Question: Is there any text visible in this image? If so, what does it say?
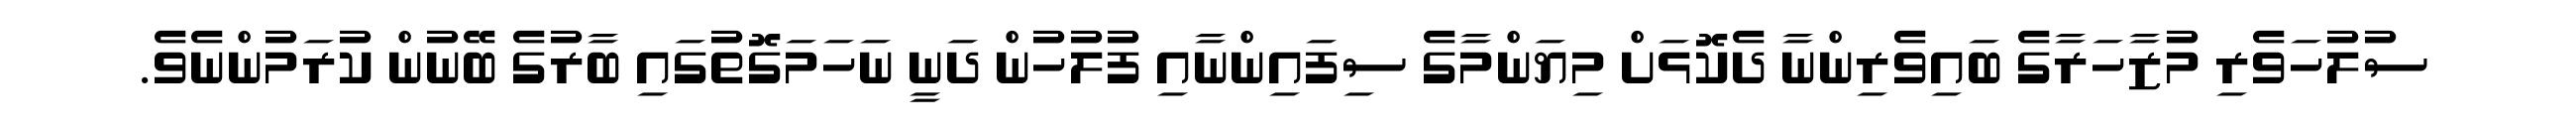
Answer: ސުލުހަވެރި މުޒާހަރާގެ ބައިވެރިންނާ ދެކޮޅަށް މިޔަންމާގެ ސިފައިންނާއި ފުލުހުން ދަނީ ނަހަމަގޮތުގައި ބާރުގެ ބޭނުން ކުރަމުންނެވެ.